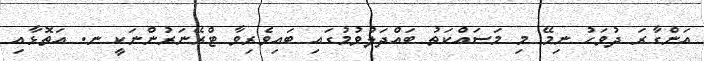
އަންގާރަ ދުވަހު ނިމޭ މި މަސައްކަތު ބައްދަލުވުމުގައި ބައިވެރިވާ ޓްރޭނަރުންނަކީ ނ. އަތޮޅާއި